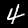
Digit: 4